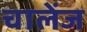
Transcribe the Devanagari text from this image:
चालेंज